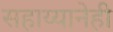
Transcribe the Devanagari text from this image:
सहाय्यानेही